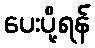
ပေးပို့ရန်